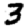
Digit: 3